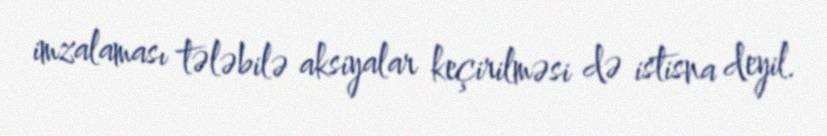
imzalaması tələbilə aksiyalar keçirilməsi də istisna deyil.